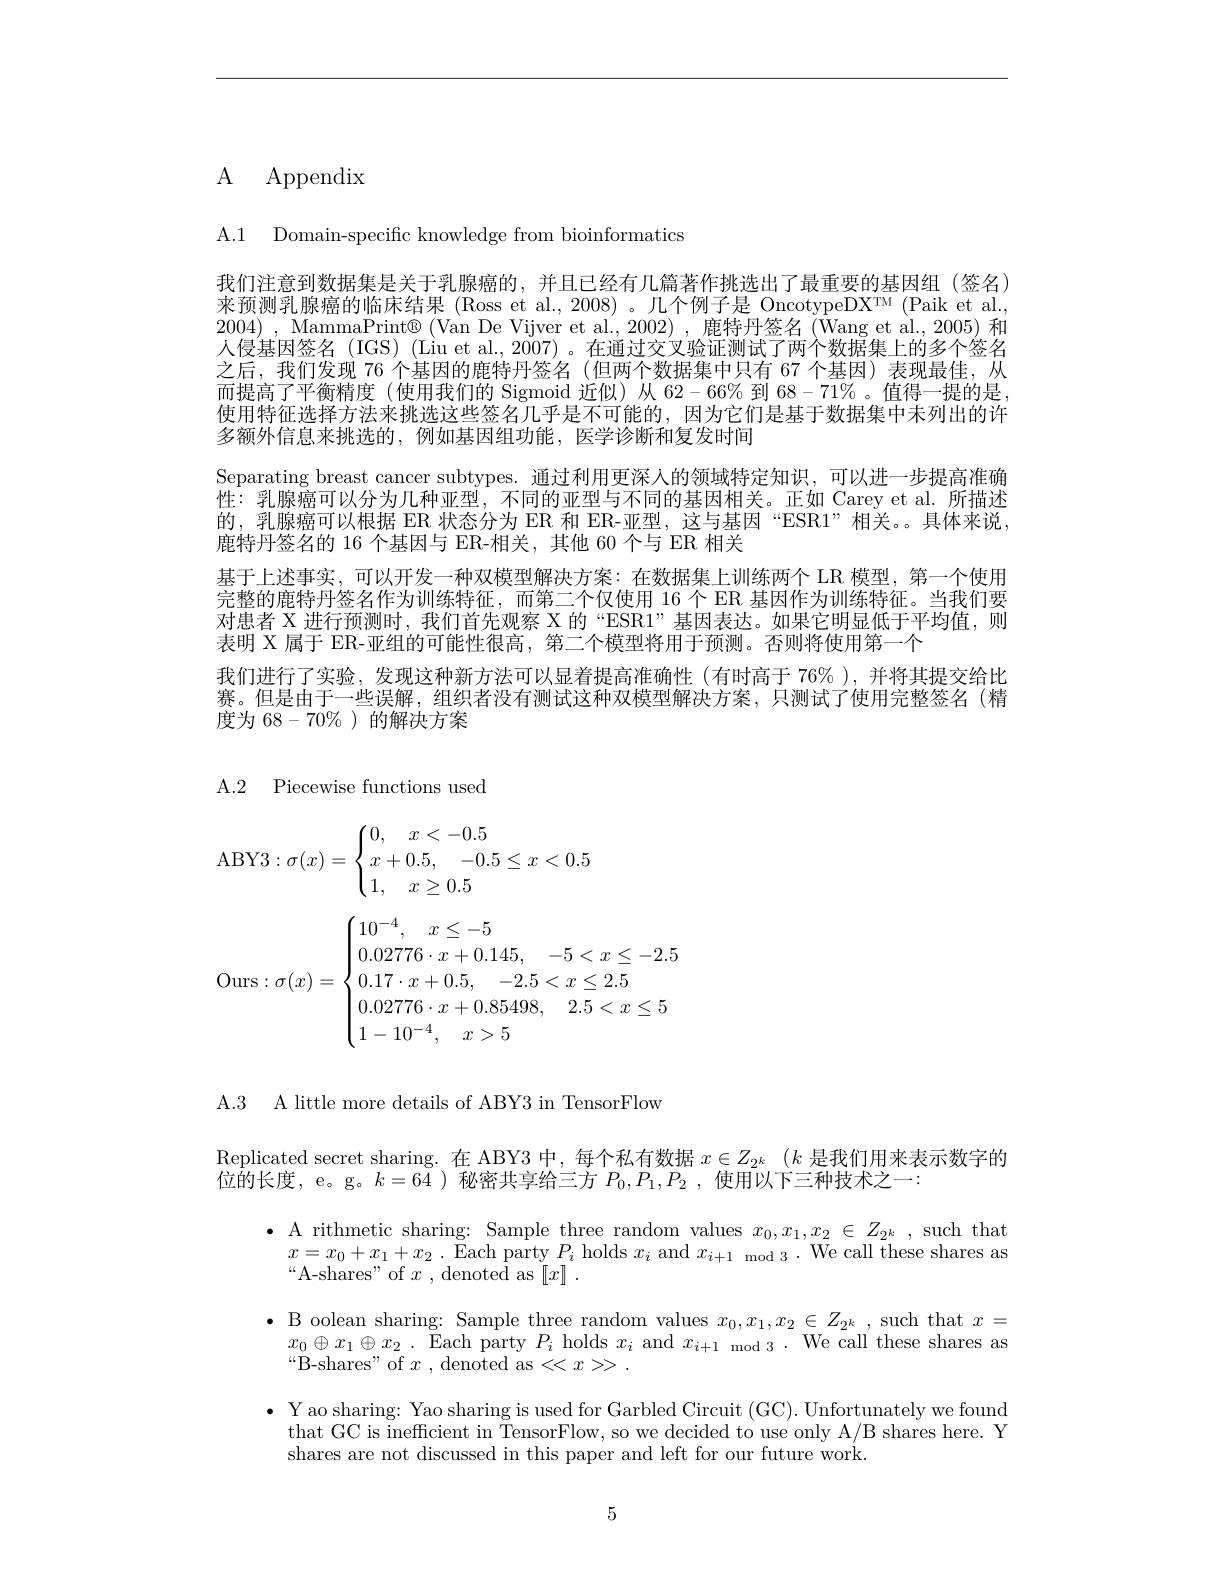
# ${\mathrm{A} }$ ${\mathrm{Appendix}}$

A.1 Domain-specific knowledge from bioinformatics

我们注意到数据集是关于乳腺癌的，并且已经有几篇著作挑选出了最重要的基因组(签名) 来预测乳腺癌的临床结果 (Ross et al., 2008) 。几个例子是 OncotypeDXTM (Paik et al., 2004) , MammaPrint® (Van De Vijver et al.,2002) ,鹿特丹签名 (Wang et al.,2005) 和人侵基因签名 (IGS) (Liu et al., 2007) 。在通过交叉验证测试了两个数据集上的多个签名之后，我们发现 76 个基因的鹿特丹签名 (但两个数据集中只有 67 个基因)表现最佳，从而提高了平衡精度(使用我们的 Sigmoid 近似)从 62-66% 到$68-71\%$ 。值得一提的是， 使用特征选择方法来挑选这些签名几乎是不可能的，因为它们是基于数据集中未列出的许多额外信息来挑选的，例如基因组功能，医学诊断和复发时间
Separating breast cancer subtypes. 通过利用更深人的领域特定知识，可以进一步提高准确性：乳腺癌可以分为几种亚型，不同的亚型与不同的基因相关。正如 Carey et al.所描述的，乳腺癌可以根据 ER 状态分为 ER 和 ER-亚型，这与基因“ESR1”相关。。具体来说， 鹿特丹签名的 16 个基因与 ER-相关，其他 60 个与 ER 相关
基于上述事实，可以开发一种双模型解决方案：在数据集上训练两个 LR 模型，第一个使用完整的鹿特丹签名作为训练特征，而第二个仅使用 16 个 ER 基因作为训练特征。当我们要对患者 X 进行预测时，我们首先观察 X 的“ESR1”基因表达。如果它明显低于平均值，则表明 X 属于 ER-亚组的可能性很高，第二个模型将用于预测。否则将使用第一个
我们进行了实验，发现这种新方法可以显着提高准确性(有时高于 76% ),并将其提交给比赛。但是由于一些误解，组织者没有测试这种双模型解决方案，只测试了使用完整签名(精度为 68-70%)的解决方案

A.2 Piecewise functions used
$$\text{ABY3}:\sigma(x)=\begin{cases}0,\quad x<-0.5\\x+0.5,\quad-0.5\leq x<0.5\\1,\quad x\geq0.5\end{cases}\\\text{Ours}:\sigma(x)=\begin{cases}10^{-4},\quad x\leq-5\\0.02776\cdot x+0.145,\quad-5<x\leq-2.5\\0.17\cdot x+0.5,\quad-2.5<x\leq2.5\\0.02776\cdot x+0.85498,\quad2.5<x\leq5\\1-10^{-4},\quad x>5\end{cases}$$
A.3 A little more details of ABY3 in TensorFlow

Replicated secret sharing. 在 ABY3 中，每个私有数据$x\in Z_{2^k}$ $( k$是我们用来表示数字的
位的长度，e。g。$k=64$ )秘密共享给三方$P_0,P_1,P_2$ ,使用以下三种技术之一：
$\bullet$ A rithmetic sharing: Sample three random values $x_0,x_1,x_2\in Z_{2^k}$, such that
$x=x_0+x_1+x_2$ . Each party $P_i$ holds $x_i$ and $x_i+1$ mod 3 . We call these shares as
$“$A-shares" of $x$,denoted as$[ x] ]$ .
$\bullet$ B oolean sharing: Sample three random values $x_0,x_1,x_2\in Z_{2^k}$ , such that $x=$
$x_0\oplus x_1\oplus x_2.$ Each party $P_i$ holds $x_i$ and $x_i+1$ mod 3. We call these shares as
$“ \ddot{\mathrm{B- shares" ~of~}} x$ , $\dot{\mathrm{denoted~as< < x> > . }}$
$\bullet$ Y ao sharing: Yao sharing is used for Garbled Circuit (GC). Unfortunately we found
that GC is inefficient in TensorFlow, so we decided to use only A/B shares here. Y
shares are not discussed in this paper and left for our future work.

5